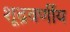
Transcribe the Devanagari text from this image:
शूद्रवर्णीय